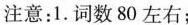
注意：1.词数80左右；